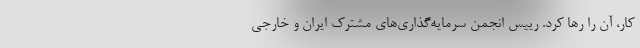
کار، آن را رها کرد. رییس انجمن سرمایه‌گذاری‌های مشترک ایران و خارجی